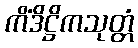
ကိံဒိဋ္ဌိကသုတ္တံ